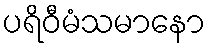
ပရိဝီမံသမာနော